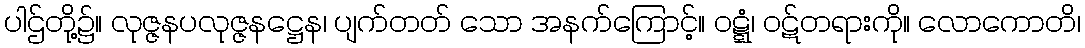
ပါဌ်တို့၌။ လုဇ္ဇနပလုဇ္ဇနဋ္ဌေန၊ ပျက်တတ် သော အနက်ကြောင့်။ ဝဋ္ဋံ၊ ဝဋ်တရားကို။ လောကောတိ၊